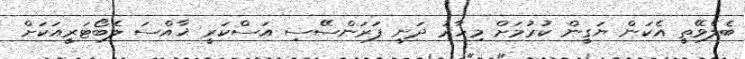
ބެލެވޭތީ އެކަން ޔަގީން ކުރުމަށް މިހާރު ދަނީ ފަރަންސޭސި އަސްކަރީ ޚާއްސަ ލެބޯޓަރީއަކަށް